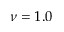
\nu = 1 . 0